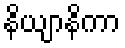
နိယျာနိကာ